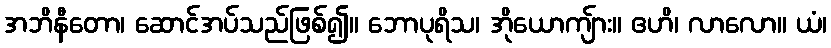
အဘိနီတော၊ ဆောင်အပ်သည်ဖြစ်၍။ ဘောပုရိသ၊ အိုယောကျ်ား။ ဧဟိ၊ လာလော။ ယံ၊